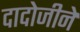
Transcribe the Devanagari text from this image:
दादोजीने